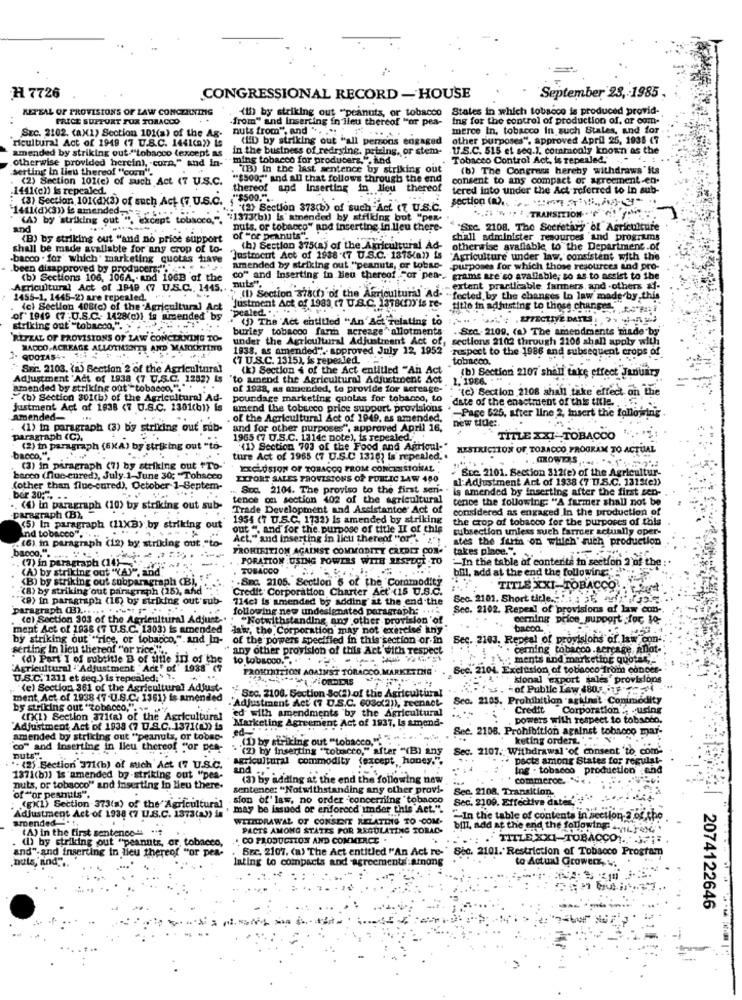
H 7726
CONGRESSIONAL RECORD - HOUSE
September 28, 1985
KETTAL OF PROVISIONS OF LAW CONCERNING
(D) by striking out "peanuts, or tobacco
States in which tobacco is produced provid-
PRICE SUPPORT FUX TORACCO
"from" and Inserting in lieu thereof "or pea-
Ing for the control of production of, or com-
nuts from", and ". ... .. ....
merce In, tobacco In such States, and for
ricultural Act of 1949 (7 U.S.C. 1441(a)) Le
SEC. 2102. (ax1) Section 101(a) of the Ag-
(ED by striking out "all persons engaged
other purposes", approved April 25, 1938 67
amended by striking out.""tobacco (except as
in the business of redrying. petring, or stem-
.17.S.C. 515 et seq.), commonly known as the
otherwise provided herein), corn," and in-
· ming tobacco for producers.", and
Tobacco Control Act, is repealed.
erting in lieu thereof "com".
TB) In the last sentence by striking out
(b) The Congress hereby withdraws " its
(2) Section 101(c) of such Act (7 U.S.C.
"$500," and all that follows through the end consent to ans compact or agreement-en-
1441(en) is repealed.
thereof and Inserting in lieu
thereof
tered into under the Act referred to In sub-
(3) Section 101(d)(3) of such Act (7 U.S.C. , "$500." ..
section (a) ..
. (2) Section 373(b) of such Act (T U.S.C.
`1411(dx3)) is amended .....
(A) by striking out ", except tobacco,".
"1373(b)) is' amended by striking bot "pex-
and
nuts. or tobacco" and inserting in lieu there-
""SEC. 2108, The Secretary of Agriculture
(B) by striking out "and no price support
of "or peanuts"
chall administer resources and programs
shall be made available for any crop of to-
(h) Section 875(a) of the Agricultural Ad-
otherwise avaliable to the Department of
.bacco . for' which' marketing quotas have
"Justment Act of 1938 (7 U.S.C. 1375(a)) is "Agriculture under law. consistent with the
"Agriculture under law, consistent with the
been disapproved by producers;".
amended by striking out "peanuts, or tobse-
purposes for which those resources and pro-
(b) Sections 106, 106A ,. and 106B 'of the
nuts".
co" and inserting in Heu thereof Sor pen -. grams are so avaffable, so as to assist to the
Agricultural Act of 1949 .(7 U.S.C ., 1445 ..
extent practicable farmers, and -others &-
2455-1, 1445-2) are tepealed. ..
justment Act of 1983 (7 U.S.C. 1318(m) is re-
"fected by the changes In law made by,this
(c) Section 408(c) of the Agricultural Act
"pealed. ....
title in adhuisting to those changes, eseni
of" 1949 (7 :U.S.C. 1428(c)) is amended by
(1) The Act entitled "An Act relating to
striking out "tobacco,".
burley tobacog farth acreage" allotments
. Sed. 2109. (a) The amendments made by
REFZAL OF PROVISIONS OF LAW CONCERNING TO-
under the Agricultural Adjustment Act of, sections 2102 through 1106 shall apply with
MACCO ACREAGE ALLOTHESITE AND MARKETINTO
1838, as amended". approved July 12, 1952
napect to the 1986 and subsequent crops of
QUOTAS: 34
(T U.S.C. 1315), is repealed.
tobacco.
SEC. 2103. (a) Section 2 of the Agricultural
(k) Section 4 of the Act entitled "An Act
Adjustment 'Act of 1938 (7 U.S.C. 1282) Is
to anend the Agricultural Adjustment Act
1.1986. - "
(b) Section 2107 shall take effect January
amended by striking out" tobacco."."
of 1938, as moended, to provide for acreage-
: "(c) Section 2108 shall take effect on the
."(b) Section 301(b) of the Agricultural Ad-
pourdage marketing quolas for tobacco, to
date of the enactment of this title ..
justment Act of 1838 (7 U.S.C. 1301(b)) is
amend the tobacco price support provisions
-Page 625, after line 2, insert the following
amended-
. of the Agricultural Act of 1949, as amended,
new title :.
(1) in paragraph (3) by striking o
and for other purposes", approved April 16,
paragraph (C).
1965 (7 U.S.C. 1314c note), is repealed ...
TITLE XXI -TOBACCO
(2) in paragraph (6XA) by stri in
out
(1) Section 703 of the Food and Agricul-"
RESTRICTION OF TOBACCO PROGRAM TO ACTUAL
bacco." ..
ture Act of 1965 (7 U.S.C 1318) Is repealed.
.... ..
(3) in paragraph (7) by striking out "To-'
EXCLUSION OF TOBACCO FROM CONCESSIONAL
Soc 2101. Section 312(e) of the Agriculture-
bacco (fue-cured), July 1-June 30; "Tobacco
EXPORT SALES PROVISIONS OF PUBLIC LAW 480
Il:Adjustment Art of 1938 (7 D.S.C. 1312(e))
(other than flue-cured), October 1-Septem-
.. Soc. 2104. The proviso to the first sen- .
is amended by inserting after the first sen-
ber 305 -. . .
tence on section 402 of the agricultural
tence the following: "A farmer shall not be
(4) in paragraph (10) by striking out sub-
Trade Development and Assistantoe Act of
considered as engaged In the production of
paragraph (B),
1954 (7 U.S.C. 1732) is amended by striking
the crop of tobacco for the purposes of thils
(5) In paragraph (11XB) by striking out
out ", and for the purpose of title II of this
subsection unless such farmer actually oper-
".(6) in paragraph (12) by striking out ,"to-
Ind tobacco ..
Act." and Inserting in lieu thereof "or""""!
stes the farm on which' ruch production
bacco.".
PROHIBITION AGAINST COMMODITY CREDIT CON- takes place.".
takes place.".
(7) in paragraph (14)"
PORATION .USING POWERS WITH RESPECT TO
'-In the table of contents in section 2'of the
TOBACCO
(B) by striking out subparagraph (Bi,
(A) by striking out "(A)", and
-Sec. 2105. Section 5 of the Commodity
bil, add at the end the following
-(8) by striking out paragraph (25), and ".
Credit Corporation Charter Act' (18 U.S.C.
TITLE XXI-TOBACCO.
"(9) in paragraph (15) by striding out sub-
114cl is amended by adding at the end the
Seo. 2101. Short title .! i 1 st, fri,19
paragraph (3) .....
following new undesignated paragraph: ....
See. 2102. Repeal of provisions of law con-
cel Section 303 of the Agricultural Adjust -. . "Notwithstanding any other provision of
cemning price_support for, to-
ment Act of 1838 (7 U.S.C. 1303) is amended Jaw, the Corporation may not exercise any
bacon.
by striking out "rice, or tobacco," and In- of the powers specified in this section or in
Sec. 2103. Repeal of provisions of laix con-
serting In lieu thereof "or rice'" ..
any other provision of this Act with respect
ceming tobacco.acreage, anlot-
(d) Part I of subtitle B of utle in of the
to tobacco.".
;ments and marketing quotas ,. '
"Agricultural ""Adjustment " Act' of ' 1938" (
PROHIBITION AGAINST TOBACCO
Sec. 2104. Exclusion of tobacco from concer-
U.S.C. 1311 et deq.) is repealed; ' 1.
sional export sales provisions
(e) Section 361 of the Agricultural Adjust-
. +of Public Law 480.5. iUFM
ment, Act of 1938 (7 .U.S.C. 1361) is amended
- Adjustment Act (7 D.S.C. 603c(2)), reenact-
Szo. 2108. Section So(2) of the Agilcultival
Seo. 2105. Prohibition against Commodity
by strikking out "tobacco," ....
ed with amendments by the Agricultural
Credit
Corporation . . using
(1X1) Section 371(a) of the Agricultural
Marketing Agreeme
Act of 1937, Is smend-
powers with respect to tobacco,
"Adjustment Act of 1933 (7 U.S.C. 1371(a)) is
ed-""
Sec. 2108. Prohibition against tobacco mar-
amended by striking out "peanuts, or tobac-
. (0) by striking out "tobacco,"
keting orders."
co" and Inserting in lieu thereof for pet-
`(2) by inserting "tobacco," after "(B) any
Sec. 2107. Withdrawal of consent 'to com'
buts".
agricultural commodity (except, honey.".
pects among States for regulat-
. (2) . Section 371(b) of such Act (7 U.S.C.
and .. "
Ing . tobacco production ,and
1871(b)) is amended by-striking out "pes-
(3) by adding at the end the following new
commerce. "
nuts, or tobacco" and inserting in Heu there-
sentence: "Notwithstanding any other provi-
Sec. 2108. Transition.
of "or peanuts".
sion of' law, no order concerning tobacco
Sec. 2109. Effective dates'
(EX(1) Section -373(a) of the Agricultural
.may be lasued of enforced under this Act.".
amended --. t.
Adjustment Act of 1938 (7 U.S.C. 1373(A)) in
WITHDRAWAL OF CONSENT RELATING TO -COM.
-In the table of contents in section 3 of the
(A) in the first sentence-
PACTS AMONG STATES FOR REGULATING TORAC-
bill, add at the end the following:
(h) by striking out "peanuts, or, tobacco,
. CO PRODUCTION AND COMMERCE .
"TITLE XXI-TOBACCO .....
Bre. 2107. (a) The Act entitled "'An Act re-" Sec. 2101. Restriction of Tobacco Program
and".and inserting in lieu thereof "or pen-
nuts, mind"".
lating to compacts and agreements:among
to Actual Grower
2074122646